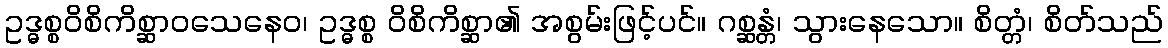
ဥဒ္ဓစ္စဝိစိကိစ္ဆာဝသေနေဝ၊ ဥဒ္ဓစ္စ ဝိစိကိစ္ဆာ၏ အစွမ်းဖြင့်ပင်။ ဂစ္ဆန္တံ၊ သွားနေသော။ စိတ္တံ၊ စိတ်သည်